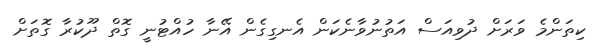
ކިތަންމެ ވަރަށް ދުވިއަސް އަތުނުވާނެކަން އެނގިގެން އޭނާ ހުއްޓުނީ ގޮތް ދޫކުރާ ގޮތަށް